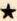
*